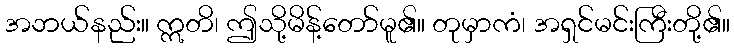
အဘယ်နည်း။ ဣတိ၊ ဤသို့မိန့်တော်မူ၏။ တုမှာကံ၊ အရှင်မင်းကြီးတို့၏။